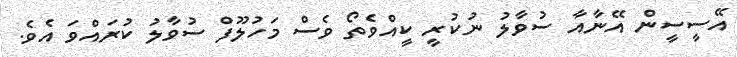
އޭސީސީން އޭނާއާ ސުވާލު ނުކުރީ ކީއްވެތޯ ވެސް މަހުލޫފް ސުވާލު ކުރައްވަ އެވެ.